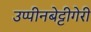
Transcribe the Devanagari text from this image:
उप्पीनबेट्टीगेरी